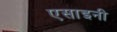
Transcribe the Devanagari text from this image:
एसाइनी